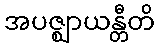
အပဇ္ဈာယန္တီတိ